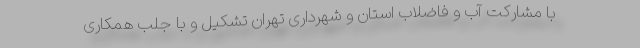
با مشارکت آب و فاضلاب استان و شهرداری تهران تشکیل و با جلب همکاری